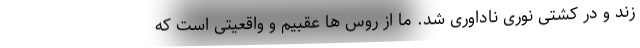
زند و در کشتی نوری ناداوری شد. ما از روس ها عقبیم و واقعیتی است که